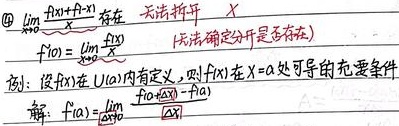
\textcircled{4} \(\lim_{x \to 0} \frac{f(x)+f(-x)}{x}\)存在，无法拆开（无法确定分开是否存在）。例：设\(f(x)\)在\(U(a)\)内有定义，则\(f(x)\)在\(x = a\)处可导的充要条件。解：\(f'(a)=\lim_{x \to 0} \frac{f(a + x)-f(a)}{x}\)